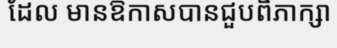
ដែល មានឱកាសបានជួបពិភាក្សា